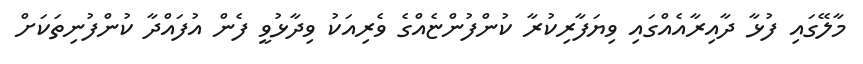
މާލޭގައި ފުޅާ ދާއިރާއެއްގައި ވިޔަފާރިކުރާ ކުންފުންޏެއްގެ ވެރިއަކު ވިދާޅުވީ ފެން އުފައްދާ ކުންފުނިތަކަށް